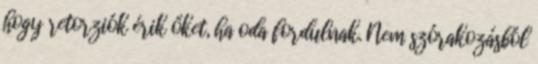
hogy retorziók érik őket, ha oda fordulnak. Nem szórakozásból